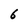
Character: 6